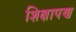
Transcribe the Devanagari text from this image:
शिक्षापण